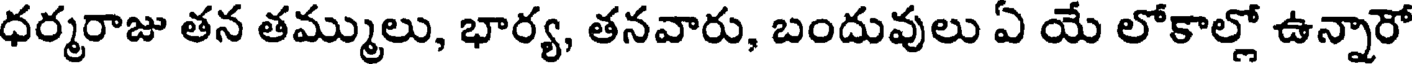
ధర్మరాజు తన తమ్ములు, భార్య, తనవారు, బందువులు ఏ యే లోకాల్లో ఉన్నారో